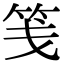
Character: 笺